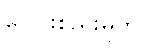
ပေါင်းစည်းမှုကို